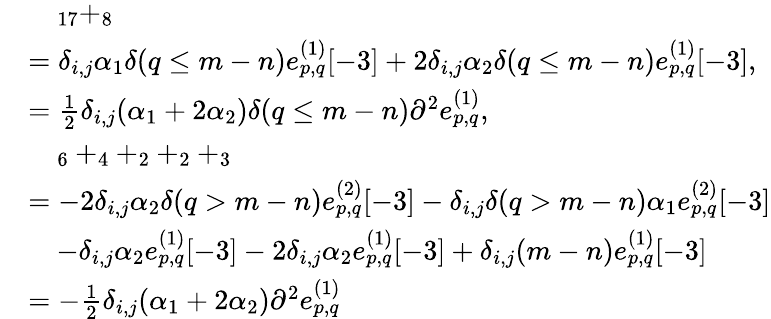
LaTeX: \begin{array}{rl}&{\quad_{17}+_{8}}\\ &{=\delta_{i,j}\alpha_{1}\delta(q\leq m-n)e_{p,q}^{(1)}[-3]+2\delta_{i,j}\alpha_{2}\delta(q\leq m-n)e_{p,q}^{(1)}[-3],}\\ &{=\frac{1}{2}\delta_{i,j}(\alpha_{1}+2\alpha_{2})\delta(q\leq m-n)\partial^{2}e_{p,q}^{(1)},}\\ &{\quad_{6}+_{4}+_{2}+_{2}+_{3}}\\ &{=-2\delta_{i,j}\alpha_{2}\delta(q>m-n)e_{p,q}^{(2)}[-3]-\delta_{i,j}\delta(q>m-n)\alpha_{1}e_{p,q}^{(2)}[-3]}\\ &{\quad-\delta_{i,j}\alpha_{2}e_{p,q}^{(1)}[-3]-2\delta_{i,j}\alpha_{2}e_{p,q}^{(1)}[-3]+\delta_{i,j}(m-n)e_{p,q}^{(1)}[-3]}\\ &{=-\frac{1}{2}\delta_{i,j}(\alpha_{1}+2\alpha_{2})\partial^{2}e_{p,q}^{(1)}}\end{array}